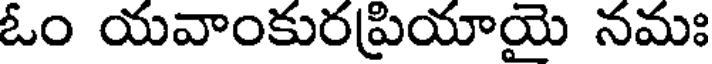
ఓం యవాంకురప్రియాయై నమః